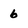
Character: 6